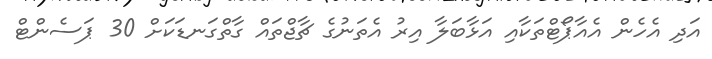
އަދި އެހެން އެއާޕޯޓްތަކާއި އަޅާބަލާ އިރު އެތަނުގެ ޗާޖްތައް ގާތްގަނޑަކަށް 30 ޕަސެންޓް